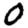
Digit: 0